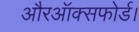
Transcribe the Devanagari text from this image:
औरऑक्सफोर्ड।